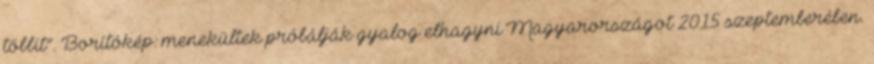
többit”. Borítókép: menekültek próbálják gyalog elhagyni Magyarországot 2015 szeptemberében.